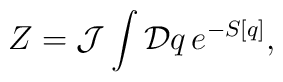
Z = {\cal J}\int {\cal D}q \,e^{-S[q]},